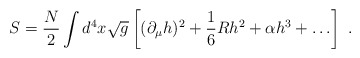
\begin{align*}S= {N\over 2}\int d^4 x \sqrt g \left [ (\partial_\mu h)^2 + {1\over 6} R h^2+ \alpha h^3 + \ldots \right]\ .\end{align*}